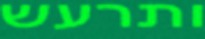
ותרעש